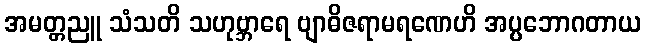
အမတ္တညူ သံသတိ သဟုဗ္ဘာရေ ဗျာဓိဇရာမရဏေဟိ အပ္ပဘောဂတာယ